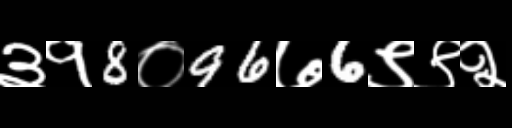
Text: ३१8०96७6९९२